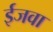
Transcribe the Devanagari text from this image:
ईजवा